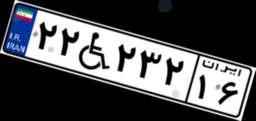
۲۲W۲۳۲۱۶